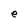
Character: e